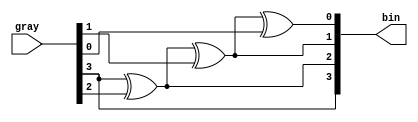

module gray_to_binary (
    input [3:0] gray,
    output reg [3:0] bin
);

always @* begin
    bin[3] = gray[3];
    bin[2] = gray[3] ^ gray[2];
    bin[1] = bin[2] ^ gray[1];
    bin[0] = bin[1] ^ gray[0];
end

endmodule